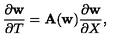
{ \frac { \partial { \bf w } } { \partial T } } = { \bf A } ( { \bf w } ) { \frac { \partial { \bf w } } { \partial X } } ,